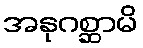
အနုဂစ္ဆာမိ